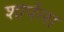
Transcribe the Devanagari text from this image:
शोपेंला